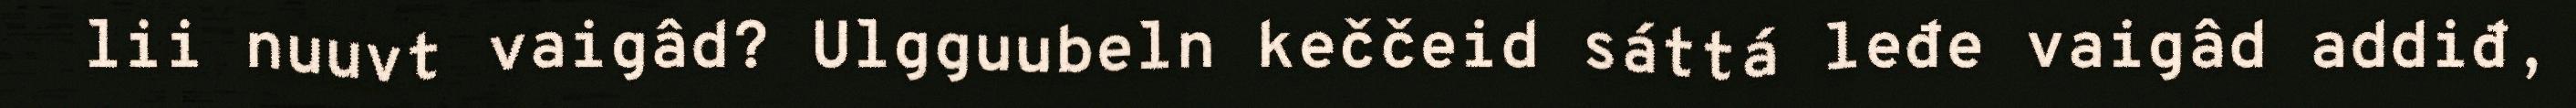
lii nuuvt vaigâd? Ulgguubeln keččeid sáttá leđe vaigâd addiđ,